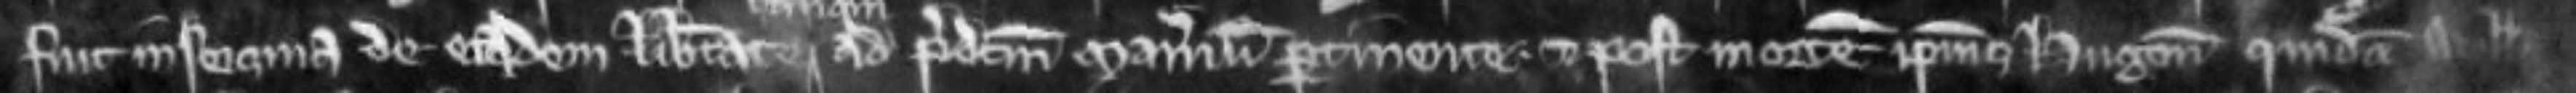
fuit in seisina de eadem libertate tanquam ad predictum manerium pertinente. et post mortem ipsius Hugonis quidam Willelmus